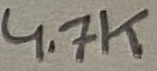
Text: 4.7K